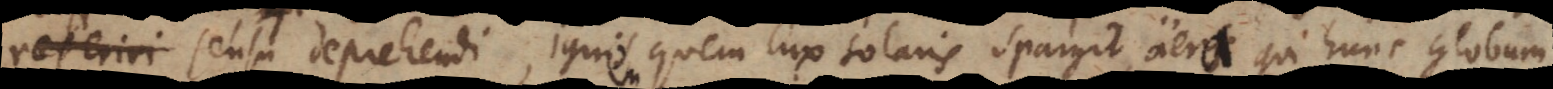
reperiri sensu deprehendi, ignem quem lux solaris spargit, aëra qui hunc globum